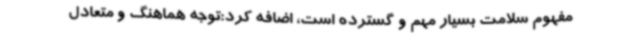
مفهوم سلامت بسیار مهم و گسترده است، اضافه کرد:توجه هماهنگ و متعادل